Lunatic asylums United Provinces 1909-1921 - 1909-1921
Year: 1909
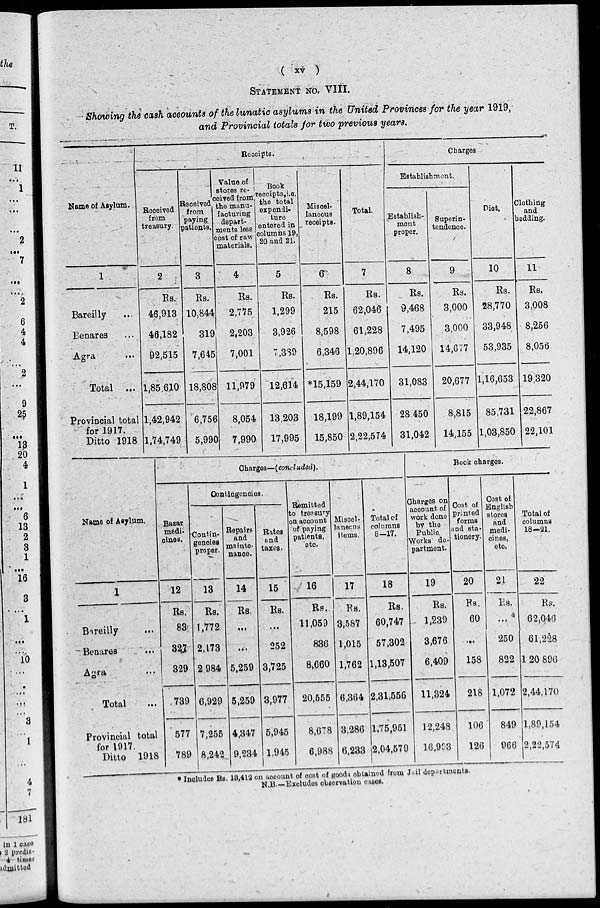
( xv )
STATEMENT NO. VIII.
Showing the cash accounts of the lunatic asylums in the United Provinces for the year 1919,
and Provincial totals for two previous years.
Name of Asylum.
1
Bareilly ...
Benares ...
Agra
...
Total ...
Provincial total
for 1917.
Ditto 1918
Receipts.
Received
from
treasury.
2
Rs.
46,913
46,182
92,515
1,85,610
1,42,942
1,74,749
Received
from
paying
patients.
3
Rs.
10,844
319
7,645
18,808
6,756
5,990
Value of
stores re-
ceived from
the manu-
facturing
depart-
ments less
cost of raw
materials.
4
Rs.
2,775
2,203
7,001
11,979
8,054
7,990
Book
receipts,i.e.
the total
expendi-
ture
entered in
columns 19,
20 and 21.
5
Rs.
1,299
3,926
7,389
12,614
13,203
17,995
Miscel-
laneous
receipts.
6
Rs.
215
8,598
6,346
*15,159
18,199
15,850
Total.
7
Rs.
62,046
61,228
1,20,896
2,44,170
1,89,154
2,22,574
Charges
Establishment.
Establish-
ment
proper.
8
Rs.
9,468
7,495
14,120
31,083
28,450
31,042
Superin-
tendence.
9
Rs.
3,000
3,000
14,677
20,677
8,815
14,155
Diet.
10
Rs.
28,770
33,948
53,935
1,16,653
85,731
1,03,850
Clothing
and
bedding.
11
Rs.
3,008
8,256
8,056
19,320
22,867
22,101
Name of Asylum.
1
Bareilly ...
Benares
...
Agra ...
Total ...
Provincial total
for 1917.
Ditto 1918
Charges—(concluded).
Bazar
medi¬
cines.
12
Rs.
83
327
329
739
577
789
Contingencies.
Contin-
gencies
proper.
13
Rs.
1,772
2,173
2 984
6,929
7,255
8,242
Repairs
and
mainte-
nance.
14
Rs.
...
...
5,259
5,259
4,347
9,234
Rates
and
taxes.
15
Rs.
...
252
3,725
3,977
5,945
1,945
Remitted
to treasury
on account
of paying
patients,
etc.
16
Rs.
11,059
836
8,660
20,555
8,678
6,988
Miscel-
laneous
items.
17
Rs.
3,587
1,015
1,762
6,364
3,286
6,233
Total of
columns
8—17.
18
Rs.
60,747
57,302
1,13,507
2,31,556
1,75,951
2,04,579
Book charges.
Charges on
account of
work done
by the
Public
Works de-
partment.
19
Rs.
1,239
3,676
6,409
11,324
12,248
16,903
Cost of
printed
forms
and sta-
tionery.
20
Rs.
60
...
158
218
106
126
Cost of
English
stores
and
medi-
cines,
etc.
21
Rs.
...
250
822
1,072
849
966
Total of
columns
18—21.
22
Rs.
62,046
61,228
1 20 896
2,44,170
1,89,154
2,22,574
* Includes Rs. 18,412 on account of cost of goods obtained from Jail departments.
N.B.—Excludes observation cases.